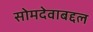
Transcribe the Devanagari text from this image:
सोमदेवाबद्दल